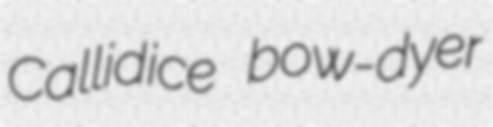
Callidice bow-dyer